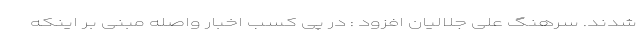
شدند. سرهنگ علی جلالیان افزود : در پی کسب اخبار واصله مبنی بر اینکه